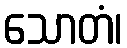
သောတံ၊